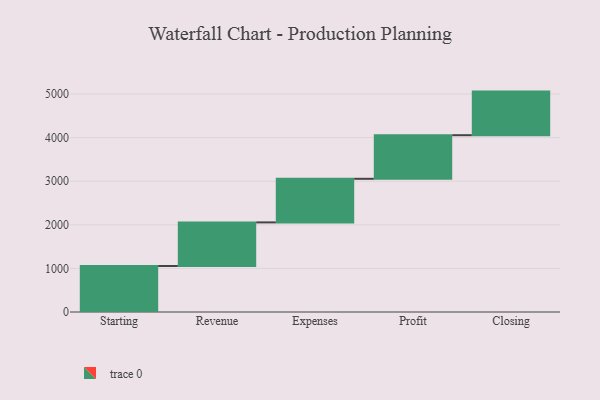
{"axis": {"x": "Step", "y": "Value"}, "legend": [""], "data": [{"x": "Starting", "y": 1055.0, "type": ""}, {"x": "Revenue", "y": 1000, "type": ""}, {"x": "Expenses", "y": 1000, "type": ""}, {"x": "Profit", "y": 1000, "type": ""}, {"x": "Closing", "y": 1000, "type": ""}]}